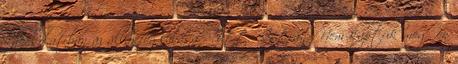
kapcsolatban az állásfoglalása. Tüttő István: Nem kaptuk meg, én